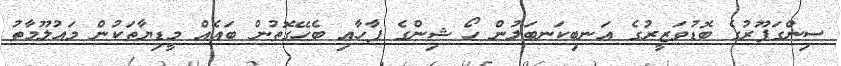
ސިންގަޕޫރުގެ ބޮޑުވަޒީރުގެ އަނބިކަނބަލުން ހޯ ޝިންގެ ޕާހާއި ބެހޭގޮތުން ބައެއް މީޑިޔާތަކުން މައުލޫމާތު